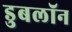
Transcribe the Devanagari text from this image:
डुबलॉन